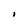
Character: i